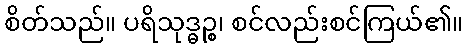
စိတ်သည်။ ပရိသုဒ္ဓဉ္စ၊ စင်လည်းစင်ကြယ်၏။